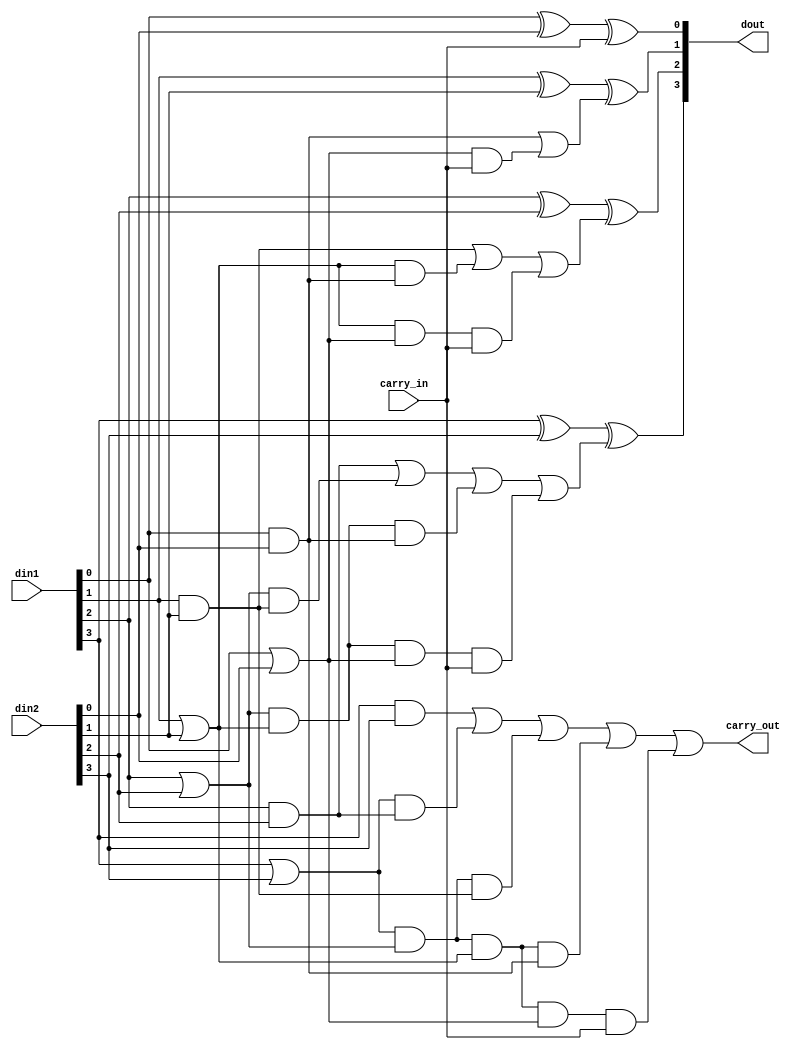
module fu_cla4(din1, din2, carry_in, dout, carry_out);

        input   [3:0]   din1;
        input   [3:0]   din2;
        input           carry_in;
        output  [3:0]   dout;
        output          carry_out;

        wire    [3:0]   pi,gi,ci;

        assign  gi[0] = din1[0] & din2[0];
        assign  gi[1] = din1[1] & din2[1];
        assign  gi[2] = din1[2] & din2[2];
        assign  gi[3] = din1[3] & din2[3];

        assign  pi[0] = din1[0] | din2[0];
        assign  pi[1] = din1[1] | din2[1];
        assign  pi[2] = din1[2] | din2[2];
        assign  pi[3] = din1[3] | din2[3];

        assign  ci[0] = carry_in;
        assign  ci[1] = gi[0] | (pi[0]&ci[0]);
        assign  ci[2] = gi[1] | (pi[1]&gi[0]) | (pi[1]&pi[0]&ci[0]);
        assign  ci[3] = gi[2] | (pi[2]&gi[1]) | (pi[2]&pi[1]&gi[0]) |
                       (pi[2]&pi[1]&pi[0]&ci[0]);

        assign  carry_out = gi[3] | (pi[3]&gi[2]) | (pi[3]&pi[2]&gi[1]) |
                       (pi[3]&pi[2]&pi[1]&gi[0]) |
                       (pi[3]&pi[2]&pi[1]&pi[0]&ci[0]);

        assign  dout[0] = din1[0] ^ din2[0] ^ ci[0];
        assign  dout[1] = din1[1] ^ din2[1] ^ ci[1];
        assign  dout[2] = din1[2] ^ din2[2] ^ ci[2];
        assign  dout[3] = din1[3] ^ din2[3] ^ ci[3];

endmodule